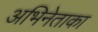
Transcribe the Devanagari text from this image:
अभिनेताका